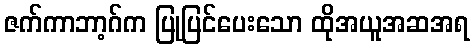
ဇက်ကာဘာ့ဂ်က ပြုပြင်ပေးသော ထိုအယူအဆအရ